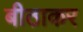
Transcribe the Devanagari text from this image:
बीठाकर